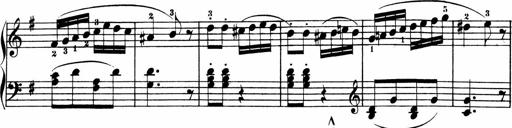
Title: 3 Sonatinen
Composer: Heinrich Lichner